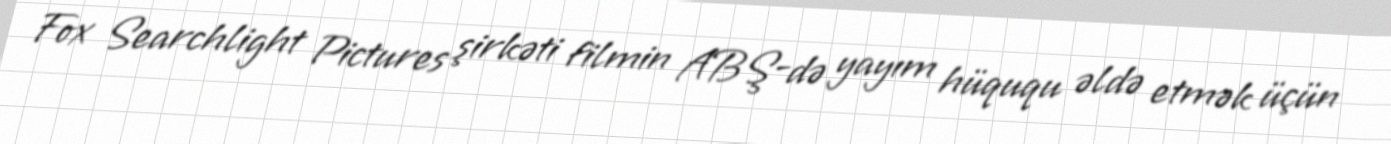
Fox Searchlight Pictures şirkəti filmin ABŞ-də yayım hüququ əldə etmək üçün